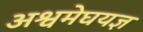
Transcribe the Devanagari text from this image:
अश्वमेघयज्ञ